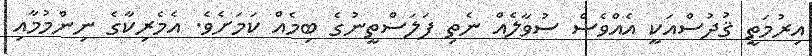
އިރުމަތީ ޤުދުސްއަކީ އެއްވެސް ސުވާލެއް ނެތި ފަލަސްތީނުގެ ބިމެއް ކަމަށެވެ. އެމެރިކާގެ ނިންމުމާއި